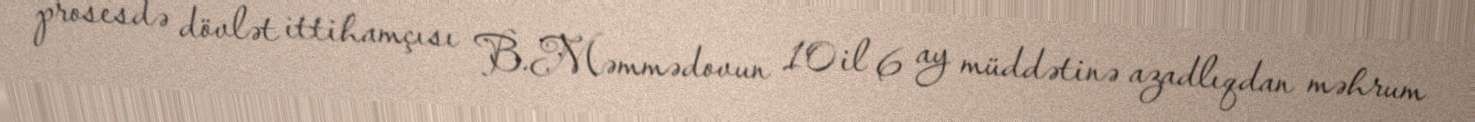
prosesdə dövlət ittihamçısı B.Məmmədovun 10 il 6 ay müddətinə azadlıqdan məhrum